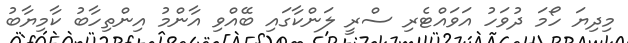
މިދިޔަ ހޯމަ ދުވަހު އަވައްޓެރި ސްރީ ލަންކާގައި ބޭއްވި އާންމު އިންތިހާބު ކާމިޔާބު